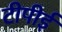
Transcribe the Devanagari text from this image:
टीपीई